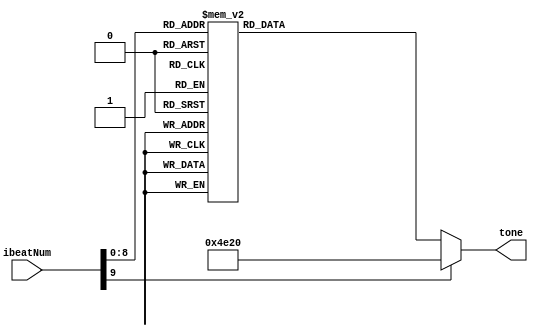
`define NM1 32'd262 //C_freq 1
`define NM2 32'd294 //D_freq 2
`define NM3 32'd330 //E_freq 3
`define NM4 32'd349 //F_freq 4
`define NM5 32'd392 //G_freq 5
`define NM6 32'd415 //A_freq 6//
`define NM7 32'd466 //B_freq 7//
`define NM8 32'd196 //G-_freq 5-
`define NM9 32'd220 //A-_freq 6-
`define NM10 32'd247 //B-_freq 7-
`define NM11 32'd524 //C+_freq 1+
`define NM12 32'd554 //D+_freq 2+//
`define NM13 32'd277 //D_freq- b2
`define NM14 32'd311 //D_freq+ #2
`define NM15 32'd622 //E_freq+ 3+//
`define NM16 32'd554 //D_freq+ #2+
`define NM17 32'd698 //F_freq+ 4+
`define NM18 32'd740 //F_freq+ #4+
`define NM19 32'd784 //G_freq+ 5+
`define NM20 32'd830 //A_freq+ 6+//
`define NM21 32'd932 //B_freq+ 7+//
`define NM22 32'd1048 //C_freq++ 1+

`define NM0 32'd20000 //slience (over freq.)

module Music_win (
	input [9:0] ibeatNum,	
	output reg [31:0] tone
);

always @(*) begin
	case (ibeatNum)		// 1/4 beat
		10'd0 : tone = `NM5;
		10'd1 : tone = `NM5;
		10'd2 : tone = `NM5;
		10'd3 : tone = `NM5;
		//2
		10'd4 : tone = `NM11;
		10'd5 : tone = `NM11;
		10'd6 : tone = `NM11;
		10'd7 : tone = `NM7;
		10'd8 : tone = `NM7;
		10'd9 : tone = `NM11;
		10'd10 : tone = `NM11;
		10'd11 : tone = `NM11;
		10'd12 : tone = `NM15;
		10'd13 : tone = `NM15;
		10'd14 : tone = `NM15;
		10'd15 : tone = `NM15;
		10'd16 : tone = `NM15;
		10'd17 : tone = `NM15;
		10'd18 : tone = `NM15;
		10'd19 : tone = `NM15;
		//3
		10'd20 : tone = `NM11;
		10'd21 : tone = `NM11;
		10'd22 : tone = `NM7;
		10'd23 : tone = `NM7;
		10'd24 : tone = `NM11;
		10'd25 : tone = `NM11;
		10'd26 : tone = `NM15;
		10'd27 : tone = `NM15;
		10'd28 : tone = `NM15;
		10'd29 : tone = `NM15;
		10'd30 : tone = `NM17;
		10'd31 : tone = `NM17;
		10'd32 : tone = `NM11;
		10'd33 : tone = `NM11;
		10'd34 : tone = `NM7;
		10'd35 : tone = `NM7;
		//4
		10'd36 : tone = `NM11;
		10'd37 : tone = `NM11;
		10'd38 : tone = `NM7;
		10'd39 : tone = `NM7;
		10'd40 : tone = `NM11;
		10'd41 : tone = `NM11;
		10'd42 : tone = `NM15;
		10'd43 : tone = `NM15;
		10'd44 : tone = `NM15; //2
		10'd45 : tone = `NM15;
		10'd46 : tone = `NM15; //1
		10'd47 : tone = `NM15;
		10'd48 : tone = `NM15; //7-
		10'd49 : tone = `NM15;
		10'd50 : tone = `NM15; //6-
		10'd51 : tone = `NM15;
		//5
		10'd52 : tone = `NM11; //7-
		10'd53 : tone = `NM11;
		10'd54 : tone = `NM7; //1
		10'd55 : tone = `NM7;
		10'd56 : tone = `NM11; //7-
		10'd57 : tone = `NM11;
		10'd58 : tone = `NM19; //6-
		10'd59 : tone = `NM19;
		10'd60 : tone = `NM19; //+5-
		10'd61 : tone = `NM19;
		10'd62 : tone = `NM19; //7-
		10'd63 : tone = `NM19;
		10'd64 : tone = `NM17;
		10'd65 : tone = `NM17;
		10'd66 : tone = `NM17;
		10'd67 : tone = `NM17;
		//6
		10'd68 : tone = `NM11;
		10'd69 : tone = `NM11;
		10'd70 : tone = `NM7;
		10'd71 : tone = `NM7;
		10'd72 : tone = `NM11;
		10'd73 : tone = `NM11;
		10'd74 : tone = `NM15;
		10'd75 : tone = `NM15;
		10'd76 : tone = `NM15;
		10'd77 : tone = `NM15;
		10'd78 : tone = `NM15;
		10'd79 : tone = `NM15;
		10'd80 : tone = `NM15;
		10'd81 : tone = `NM15;
		10'd82 : tone = `NM15;
		10'd83 : tone = `NM15;
		//7
		10'd84 : tone = `NM11;
		10'd85 : tone = `NM11;
		10'd86 : tone = `NM7;
		10'd87 : tone = `NM7;
		10'd88 : tone = `NM11;
		10'd89 : tone = `NM11;
		10'd90 : tone = `NM15;
		10'd91 : tone = `NM15;
		10'd92 : tone = `NM15;
		10'd93 : tone = `NM15;
		10'd94 : tone = `NM17;
		10'd95 : tone = `NM17;
		10'd96 : tone = `NM11;
		10'd97 : tone = `NM11;
		10'd98 : tone = `NM7;
		10'd99 : tone = `NM7;
		//8
		10'd100 : tone = `NM11;
		10'd101 : tone = `NM11;
		10'd102 : tone = `NM7;
		10'd103 : tone = `NM7;
		10'd104 : tone = `NM11;
		10'd105 : tone = `NM11;
		10'd106 : tone = `NM15;
		10'd107 : tone = `NM15;
		10'd108 : tone = `NM15;
		10'd109 : tone = `NM15;
		10'd110 : tone = `NM15;
		10'd111 : tone = `NM15;
		10'd112 : tone = `NM15;
		10'd113 : tone = `NM15;
		10'd114 : tone = `NM15;
		10'd115 : tone = `NM15;
		//9
		10'd116 : tone = `NM11;
		10'd117 : tone = `NM11;
		10'd118 : tone = `NM7;
		10'd119 : tone = `NM7;
		10'd120 : tone = `NM11;
		10'd121 : tone = `NM11;
		10'd122 : tone = `NM19;
		10'd123 : tone = `NM19;
		10'd124 : tone = `NM19;
		10'd125 : tone = `NM19;
		10'd126 : tone = `NM19;
		10'd127 : tone = `NM19;
		10'd128 : tone = `NM6;	//6-
		10'd129 : tone = `NM7;	
		10'd130 : tone = `NM12; //7-
		10'd131 : tone = `NM15;
		//10
		10'd132 : tone = `NM15;
		10'd133 : tone = `NM15;
		10'd134 : tone = `NM12;
		10'd135 : tone = `NM12;
		10'd136 : tone = `NM15;
		10'd137 : tone = `NM15;
		10'd138 : tone = `NM19;
		10'd139 : tone = `NM19;
		10'd140 : tone = `NM19;
		10'd141 : tone = `NM19;
		10'd142 : tone = `NM17;
		10'd143 : tone = `NM19;
		10'd144 : tone = `NM17;
		10'd145 : tone = `NM12;
		10'd146 : tone = `NM7;
		10'd147 : tone = `NM7;
		//11
		10'd148 : tone = `NM15;
		10'd149 : tone = `NM15;
		10'd150 : tone = `NM15;
		10'd151 : tone = `NM15;
		10'd152 : tone = `NM15;
		10'd153 : tone = `NM15;
		10'd154 : tone = `NM15;
		10'd155 : tone = `NM15;
		10'd156 : tone = `NM3;
		10'd157 : tone = `NM3;
		10'd158 : tone = `NM4;
		10'd159 : tone = `NM4;
		10'd160 : tone = `NM5;
		10'd161 : tone = `NM5;
		10'd162 : tone = `NM6;
		10'd163 : tone = `NM6;
		//12
		10'd167 : tone = `NM7;
		10'd168 : tone = `NM7;
		10'd169 : tone = `NM7;
		10'd170 : tone = `NM7;
		10'd171 : tone = `NM7;
		10'd172 : tone = `NM7;
		10'd173 : tone = `NM7;
		10'd174 : tone = `NM7;
		10'd175 : tone = `NM5;
		10'd176 : tone = `NM5;
		10'd177 : tone = `NM7;
		10'd178 : tone = `NM7;
		10'd179 : tone = `NM5;
		10'd180 : tone = `NM5;
		10'd181 : tone = `NM4;
		10'd182 : tone = `NM4;
		//13
		10'd183 : tone = `NM3;
		10'd184 : tone = `NM3;
		10'd185 : tone = `NM3;
		10'd186 : tone = `NM3; //6-
		10'd187 : tone = `NM3;
		10'd188 : tone = `NM3; //+5-
		10'd189 : tone = `NM3;
		10'd190 : tone = `NM3; //7-
		10'd191 : tone = `NM3;
		10'd192 : tone = `NM3;//repeat
		10'd193 : tone = `NM3;
		10'd194 : tone = `NM3;
		10'd195 : tone = `NM5;
		10'd196 : tone = `NM5;
		10'd197 : tone = `NM7;
		10'd198 : tone = `NM7;
		//14
		10'd199 : tone = `NM15;
		10'd200 : tone = `NM15;
		10'd201 : tone = `NM15;
		10'd202 : tone = `NM15;
		10'd203 : tone = `NM15;
		10'd204 : tone = `NM15;
		10'd205 : tone = `NM15;
		10'd206 : tone = `NM15;
		10'd207 : tone = `NM12;
		10'd208 : tone = `NM12;
		10'd209 : tone = `NM15;
		10'd210 : tone = `NM15;
		10'd211 : tone = `NM12;
		10'd212 : tone = `NM12;
		10'd213 : tone = `NM6;
		10'd214 : tone = `NM6;
		//15
		10'd215 : tone = `NM7;
		10'd216 : tone = `NM7;
		10'd217 : tone = `NM7;
		10'd218 : tone = `NM7;
		10'd219 : tone = `NM7;
		10'd220 : tone = `NM7;
		10'd221 : tone = `NM7;
		10'd222 : tone = `NM7;
		10'd223 : tone = `NM7;
		10'd224 : tone = `NM7;
		10'd225 : tone = `NM7;
		10'd226 : tone = `NM7;
		10'd227 : tone = `NM17;
		10'd228 : tone = `NM17;
		10'd229 : tone = `NM17;
		10'd230 : tone = `NM17;
		//16
		10'd231 : tone = `NM18;
		10'd232 : tone = `NM18;
		10'd233 : tone = `NM18;
		10'd234 : tone = `NM18;
		10'd235 : tone = `NM18;
		10'd236 : tone = `NM18;
		10'd237 : tone = `NM19;
		10'd238 : tone = `NM19;
		10'd239 : tone = `NM17;
		10'd240 : tone = `NM17;
		10'd241 : tone = `NM19;
		10'd242 : tone = `NM19;
		10'd243 : tone = `NM21;
		10'd244 : tone = `NM21;
		10'd245 : tone = `NM17;
		10'd246 : tone = `NM17;
		//17
		10'd247 : tone = `NM20;
		10'd248 : tone = `NM20;
		10'd249 : tone = `NM15;
		10'd250 : tone = `NM15;
		10'd251 : tone = `NM11;
		10'd252 : tone = `NM11;
		10'd253 : tone = `NM20;
		10'd254 : tone = `NM20;
		10'd255 : tone = `NM15;		
		10'd256 : tone = `NM15;
		10'd257 : tone = `NM11;
		10'd258 : tone = `NM11;
		10'd259 : tone = `NM17;
		10'd260 : tone = `NM17;
		10'd261 : tone = `NM17;
		10'd262 : tone = `NM17;
		//18
		10'd263 : tone = `NM18;
		10'd264 : tone = `NM18;
		10'd265 : tone = `NM15;
		10'd266 : tone = `NM15;
		10'd267 : tone = `NM7;
		10'd268 : tone = `NM7;
		10'd269 : tone = `NM19;
		10'd270 : tone = `NM19;
		10'd271 : tone = `NM17;
		10'd272 : tone = `NM17;
		10'd273 : tone = `NM12;
		10'd274 : tone = `NM12;
		10'd275 : tone = `NM6;
		10'd276 : tone = `NM6;
		10'd277 : tone = `NM17;
		10'd278 : tone = `NM17;
		//19
		10'd279 : tone = `NM17;
		10'd280 : tone = `NM17;
		10'd281 : tone = `NM17;
		10'd282 : tone = `NM17;
		10'd283 : tone = `NM17;
		10'd284 : tone = `NM17;
		10'd285 : tone = `NM15;
		10'd286 : tone = `NM15;
		10'd287 : tone = `NM15;
		10'd288 : tone = `NM15;
		10'd289 : tone = `NM0;
		10'd290 : tone = `NM0;
		10'd291 : tone = `NM0;
		10'd292 : tone = `NM0;
		10'd293 : tone = `NM0;
		10'd294 : tone = `NM0;
		10'd295 : tone = `NM0;
		10'd296 : tone = `NM0;
		
		default : tone = `NM0;
	endcase
end

endmodule